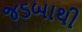
જડબાથી